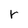
Character: r